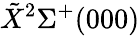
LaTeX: \tilde{X}{}^{2}\Sigma^{+}(000)